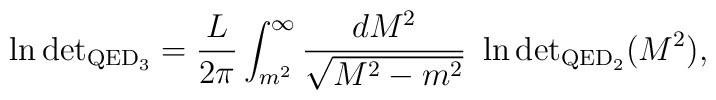
\ln \mbox{det}_{{\mbox{\scriptsize{QED}}_3}} = \frac{L}{2\pi} \int^\infty_{m^2}\frac{dM^2}{\sqrt{M^2 - m^2}}\ \ln \mbox{det}_{{\mbox{\scriptsize{QED}}_2}} (M^2),